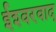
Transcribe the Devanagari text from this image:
ईश्‍वरवाद